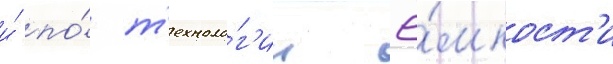
и́ по́ т'ехноло́г'ии ё́мкост'и